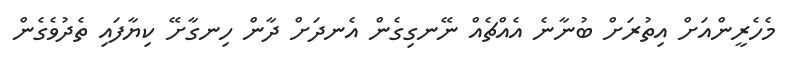
މެހެރީންއަށް އިތުރަށް ބުނާނެ އެއްޗެއް ނޭނގިގެން އެނދަށް ދާން ހިނގާށޭ ކިޔާފައި ތެދުވެގެން